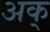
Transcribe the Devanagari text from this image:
अक्